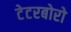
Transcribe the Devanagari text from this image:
टेटरबोरो